Civil Veterinary Department Bengal reports 1933-51 - 1933-1951
Year: 1933
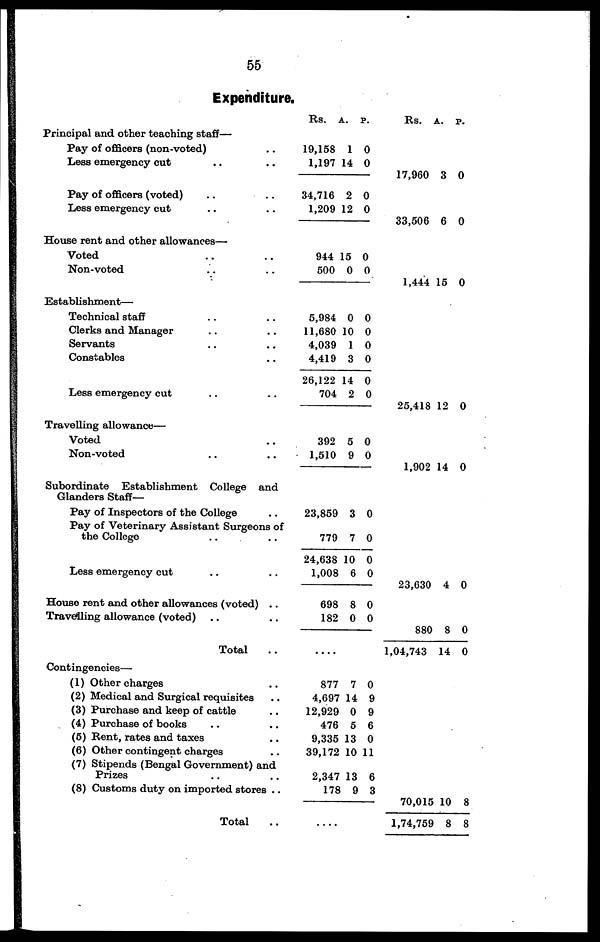
55
Expenditure.
Principal and other teaching staff—
Pay of officers (non-voted) ..
Less emergency cut .. ..
Pay of officers (voted) .. ..
Less emergency cut ..
House rent and other allowances—
Voted .. ..
Non-voted .. ..
Establishment—
Technical staff .. ..
Clerks and Manager .. ..
Servants .. ..
Constables ..
Less emergency cut .. ..
Travelling allowance—
Voted ..
Non-voted .. ..
Subordinate Establishment College and
Glanders Staff—
Pay of Inspectors of the College ..
Pay of Veterinary Assistant Surgeons of
the College .. ..
Less emergency cut .. ..
House rent and other allowances (voted) ..
Travelling allowance (voted) .. ..
Total ..
Contingencies—
(1) Other charges..
(2) Medical and Surgical requisites..
(3) Purchase and keep of cattle ..
(4) Purchase of books .. ..
(5) Rent, rates and taxes ..
(6) Other contingent charges ..
(7) Stipends (Bengal Government) and
Prizes .. ..
(8) Customs duty on imported stores ..
Total ..
Rs. A. P.
19,158 1 0
1,197 14 0
34,716 2 0
1,209 12 0
944 15 0
500 0 0
5,984 0 0
11,680 10 0
4,039 1 0
4,419 3 0
26,122 14 0
704 2 0
392 5 0
1,510 9 0
23,859 3 0
779 7 0
24,638 10 0
1,008 6 0
698 8 0
182 0 0
877 7 0
4,697 14 9
12,929 0 9
476 5 6
9,335 13 0
39,172 10 11
2,347 13 6
178 9 3
....
Rs. A. P.
17,960 3 0
33,506 6 0
1,444 15 0
25,418 12 0
1,902 14 0
23,630 4 0
880 8 0
1,04,743 14 0
70,015 10 8
1,74,759 8 8